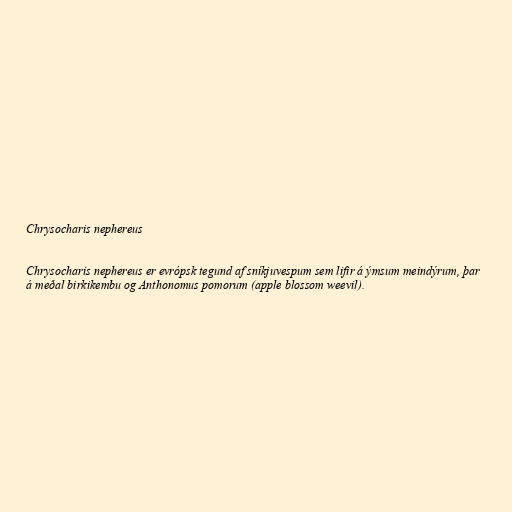
Chrysocharis nephereus

Chrysocharis nephereus er evrópsk tegund af sníkjuvespum sem lifir á ýmsum meindýrum, þar
á meðal birkikembu og Anthonomus pomorum (apple blossom weevil).